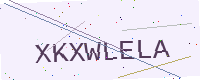
Text: XKXWLELA